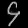
Digit: ၄